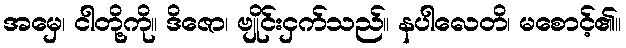
အမှေ၊ ငါတို့ကို။ ဒိဇော၊ ဗျိုင်းငှက်သည်။ နပါလေတိ၊ မစောင့်၏။